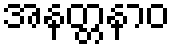
အနတ္တနာဝ